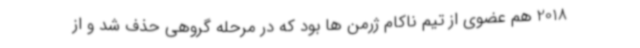
2018 هم عضوی از تیم ناکام ژرمن ها بود که در مرحله گروهی حذف شد و از